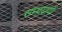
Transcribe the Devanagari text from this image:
सम्प्रयायों